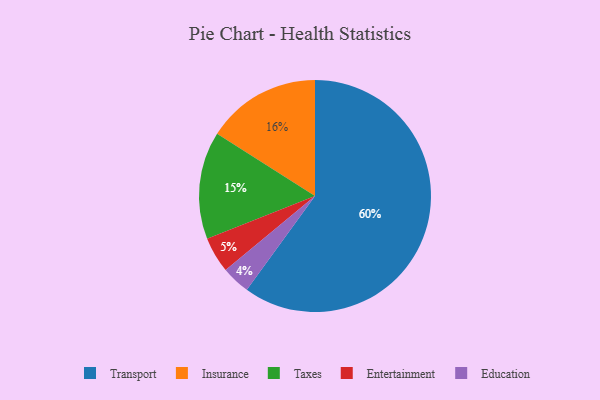
{"axis": {"x": "Category", "y": "Percentage"}, "legend": ["Education", "Entertainment", "Insurance", "Taxes", "Transport"], "data": [{"x": "Insurance", "y": 16, "type": "Insurance"}, {"x": "Taxes", "y": 15, "type": "Taxes"}, {"x": "Transport", "y": 60, "type": "Transport"}, {"x": "Entertainment", "y": 5, "type": "Entertainment"}, {"x": "Education", "y": 4, "type": "Education"}]}